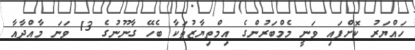
ހައްޔަރު ކޮށްފައި ވަނީ މެމްބަރުންގެ އިމްތިޔާޒުތަކާ ބެހޭ ގާނޫނުގެ 13 ވަނަ މާއްދާއާ